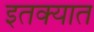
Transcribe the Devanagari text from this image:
इतक्‍यात